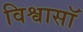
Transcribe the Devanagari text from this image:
विश्वासॉ